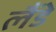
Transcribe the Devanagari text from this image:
लैंडे